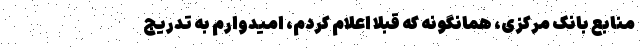
منابع بانک مرکزی، همانگونه که قبلاً اعلام کردم، امیدوارم به تدریج